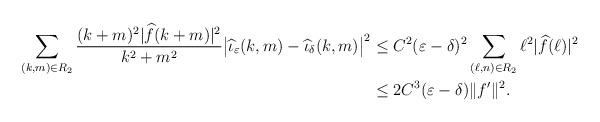
LaTeX: \begin{align*}\sum_{(k,m) \in R_2} \frac{(k+m)^2 |\widehat f(k+m) |^2}{k^2+m^2}\big| \widehat \iota_\varepsilon(k,m) - \widehat \iota_\delta(k,m)\big|^2 & \leq C^2(\varepsilon -\delta)^2 \sum_{(\ell,n) \in R_2} \ell^2 |\widehat f(\ell)|^2 \\ & \leq 2 C^3 (\varepsilon-\delta) \|f'\|^2.\end{align*}